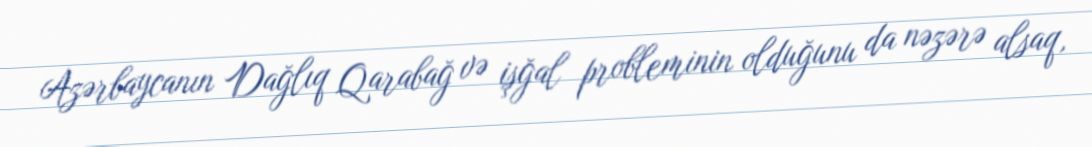
Azərbaycanın Dağlıq Qarabağ və işğal probleminin olduğunu da nəzərə alsaq,